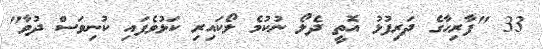
33 "ފާރިހާގެ ދަރިފުޅު އޮތީ ދެލޯ ނުކުމެ ލޯކައިރި ކަޅުވެފައި ކުނިވަސް ދުވާ"